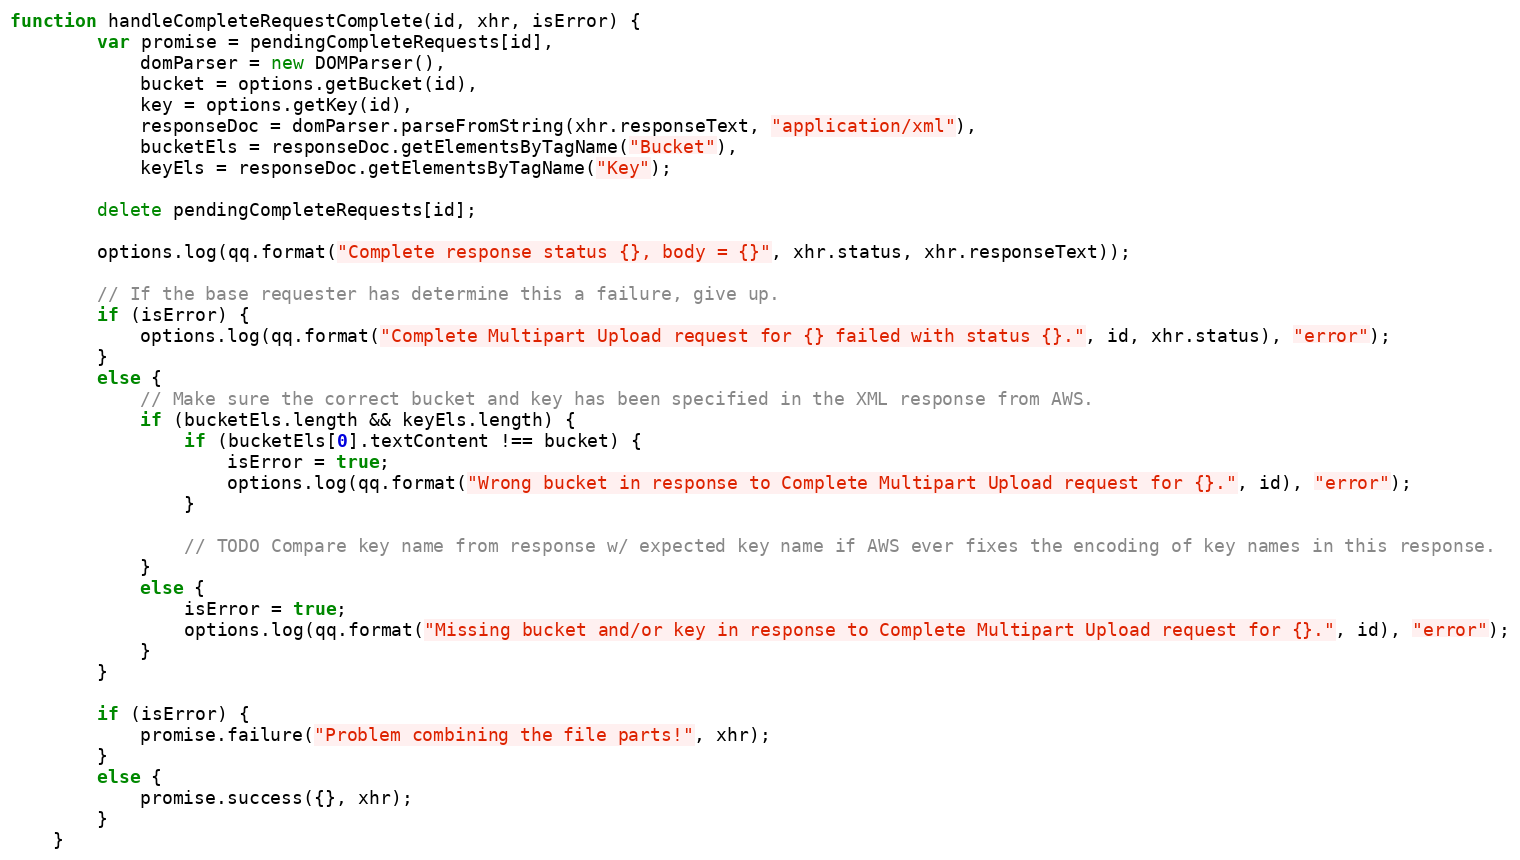
Language: JavaScript
function handleCompleteRequestComplete(id, xhr, isError) {
        var promise = pendingCompleteRequests[id],
            domParser = new DOMParser(),
            bucket = options.getBucket(id),
            key = options.getKey(id),
            responseDoc = domParser.parseFromString(xhr.responseText, "application/xml"),
            bucketEls = responseDoc.getElementsByTagName("Bucket"),
            keyEls = responseDoc.getElementsByTagName("Key");

        delete pendingCompleteRequests[id];

        options.log(qq.format("Complete response status {}, body = {}", xhr.status, xhr.responseText));

        // If the base requester has determine this a failure, give up.
        if (isError) {
            options.log(qq.format("Complete Multipart Upload request for {} failed with status {}.", id, xhr.status), "error");
        }
        else {
            // Make sure the correct bucket and key has been specified in the XML response from AWS.
            if (bucketEls.length && keyEls.length) {
                if (bucketEls[0].textContent !== bucket) {
                    isError = true;
                    options.log(qq.format("Wrong bucket in response to Complete Multipart Upload request for {}.", id), "error");
                }

                // TODO Compare key name from response w/ expected key name if AWS ever fixes the encoding of key names in this response.
            }
            else {
                isError = true;
                options.log(qq.format("Missing bucket and/or key in response to Complete Multipart Upload request for {}.", id), "error");
            }
        }

        if (isError) {
            promise.failure("Problem combining the file parts!", xhr);
        }
        else {
            promise.success({}, xhr);
        }
    }